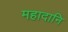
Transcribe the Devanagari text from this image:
महादानि